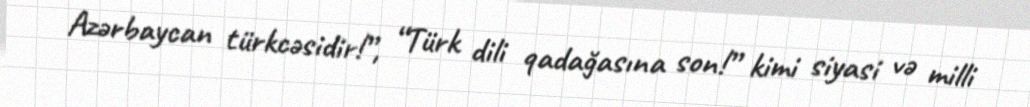
Azərbaycan türkcəsidir!”, “Türk dili qadağasına son!” kimi siyasi və milli